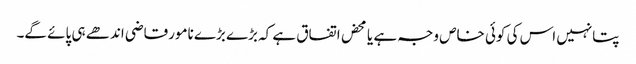
پتانہیں اس کی کوئی خاص وجہ ہے یا محض اتفاق ہے کہ بڑے بڑے نامورقاضی اندھے ہی پائے گے۔